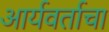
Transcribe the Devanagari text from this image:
आर्यवर्ताचा